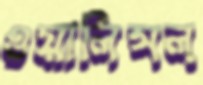
ওয়ালিসল